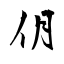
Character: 仴